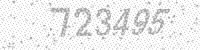
Solution: 723495